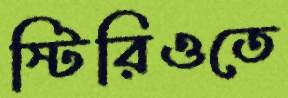
স্টিরিওতে